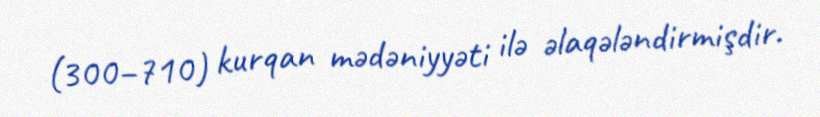
(300–710) kurqan mədəniyyəti ilə əlaqələndirmişdir.